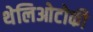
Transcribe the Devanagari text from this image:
थेलिओटोकी